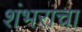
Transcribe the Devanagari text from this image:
शंभराचा